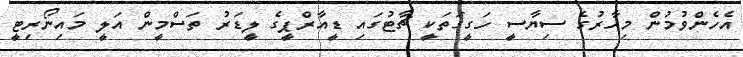
އެހެންވުމުން މިހާރުގެ ސިޔާސީ ހަގީގަތަކީ ޗާޓުގައި ޑީއާރްޕީގެ ލީޑަރު ތަސްމީން އަލީ މައިނޯރިޓީ